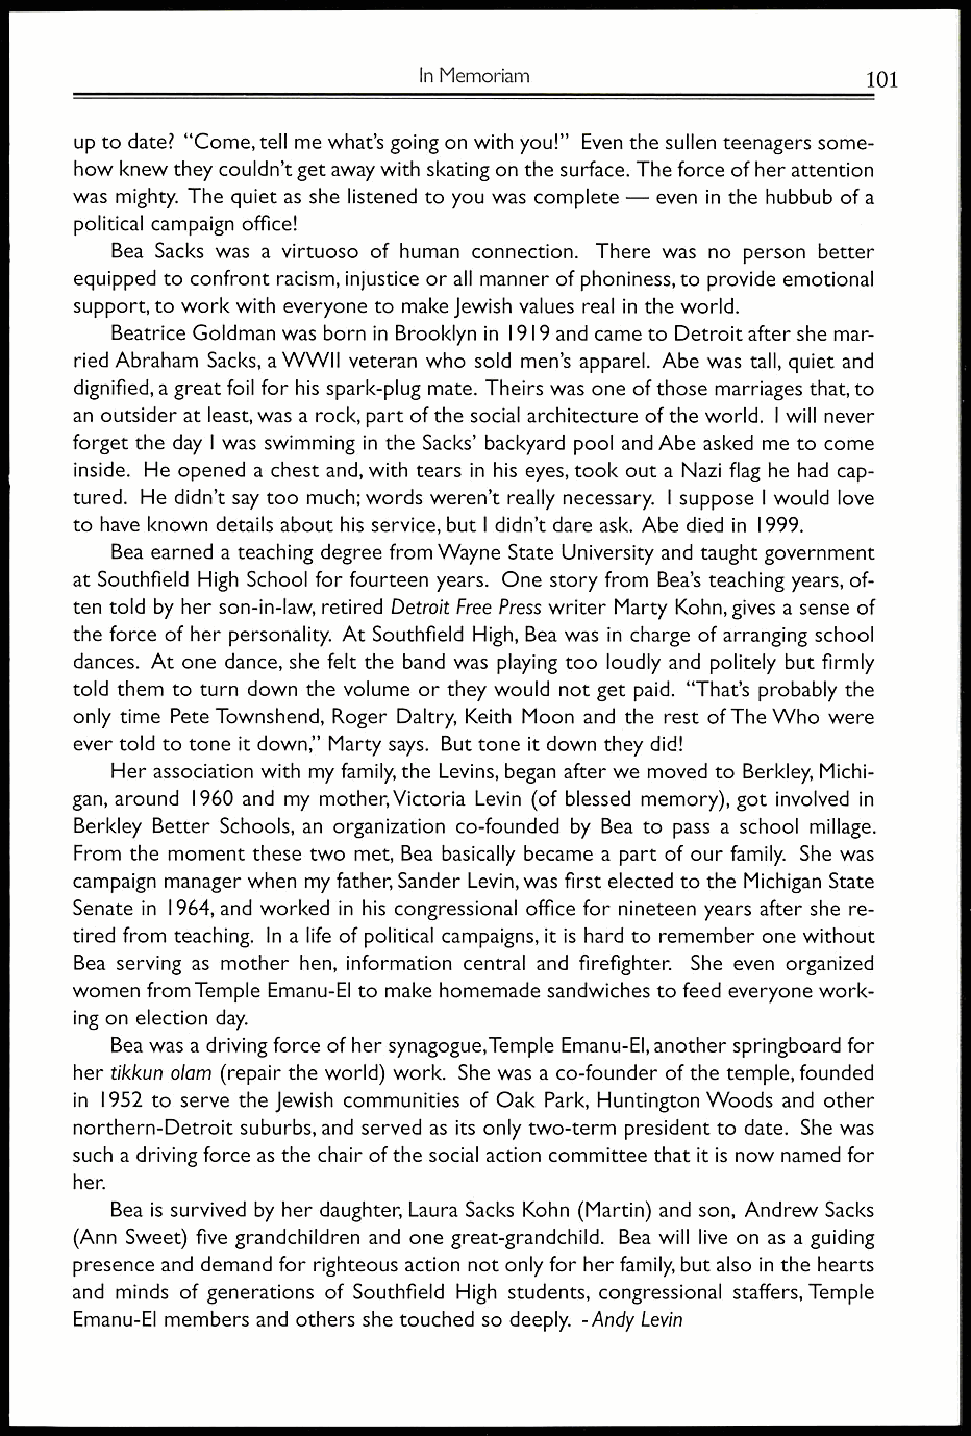
In Memoriam                  101
 up to date? "Come, tell me what's going on with you!" Even the sullen teenagers some-
 how knew they couldn't get away with skating on the surface. The force of her attention
 was mighty. The quiet as she listened to you was complete — even in the hubbub of a
 political campaign office!
 Bea Sacks was a virtuoso of human connection. There was no person better
 equipped to confront racism, injustice or all manner of phoniness, to provide emotional
 support, to work with everyone to make Jewish values real in the world.
 Beatrice Goldman was born in Brooklyn in 1919 and came to Detroit after she mar-
 ried Abraham Sacks, a WWII veteran who sold men's apparel. Abe was tall, quiet and
 dignified, a great foil for his spark-plug mate. Theirs was one of those marriages that, to
 an outsider at least, was a rock, part of the social architecture of the world. I will never
 forget the day I was swimming in the Sacks' backyard pool and Abe asked me to come
 inside. He opened a chest and, with tears in his eyes, took out a Nazi flag he had cap-
 tured. He didn't say too much; words weren't really necessary. I suppose I would love
 to have known details about his service, but I didn't dare ask. Abe died in 1999.
 Bea earned a teaching degree from Wayne State University and taught government
 I
 at Southfield High School for fourteen years. One story from Bea's teaching years, of-
 ten told by her son-in-law, retired Detroit Free Press writer Marty Kohn, gives a sense of
 the force of her personality. At Southfield High, Bea was in charge of arranging school
 dances. At one dance, she felt the band was playing too loudly and politely but firmly
 told them to turn down the volume or they would not get paid. "That's probably the
 only time Pete Townshend, Roger Daltry, Keith Moon and the rest of The Who were
 ever told to tone it down," Marty says. But tone it down they did!
 Her association with my family, the Levins, began after we moved to Berkley, Michi-
 gan, around 1960 and my mother, Victoria Levin (of blessed memory), got involved in
 Berkley Better Schools, an organization co-founded by Bea to pass a school millage.
 From the moment these two met, Bea basically became a part of our family. She was
 campaign manager when my father, Sander Levin, was first elected to the Michigan State
 Senate in 1964, and worked in his congressional office for nineteen years after she re-
 tired from teaching. In a life of political campaigns, it is hard to remember one without
 Bea serving as mother hen, information central and firefighter. She even organized
 women from Temple Emanu-El to make homemade sandwiches to feed everyone work-
 ing on election day.
 Bea was a driving force of her synagogue,Temple Emanu-El, another springboard for
 her tikkun olam (repair the world) work. She was a co-founder of the temple, founded
 in 1952 to serve the Jewish communities of Oak Park, Huntington Woods and other
 northern-Detroit suburbs, and served as its only two-term president to date. She was
 such a driving force as the chair of the social action committee that it is now named for
 her.
 Bea is survived by her daughter, Laura Sacks Kohn (Martin) and son, Andrew Sacks
 (Ann Sweet) five grandchildren and one great-grandchild. Bea will live on as a guiding
 presence and demand for righteous action not only for her family, but also in the hearts
 and minds of generations of Southfield High students, congressional staffers, Temple
 Emanu-E1 members and others she touched so deeply. -Andy Levin